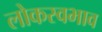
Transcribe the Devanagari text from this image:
लोकस्वभाव